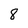
Character: 8